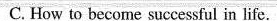
C.How to becorm successful in life.